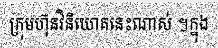
ក្រុមហ៊ុនវិនិយោគនេះណាស់ ។ក្នុង